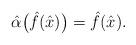
LaTeX: \begin{gather*}{\hat{\alpha}}\big(\hat{f}(\hat{x})\big)=\hat{f}(\hat{x}).\end{gather*}